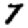
Digit: 7